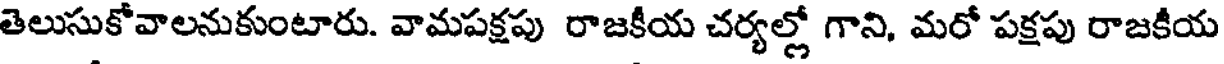
తెలుసుకోవాలనుకుంటారు. వామపక్షపు రాజకీయ చర్యల్లో గాని, మరో పక్షపు రాజకీయ